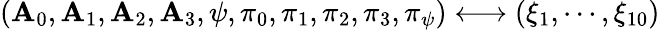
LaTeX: \left(\mathbf{A}_{0},\mathbf{A}_{1},\mathbf{A}_{2},\mathbf{A}_{3},\psi,\pi_{0},\pi_{1},\pi_{2},\pi_{3},\pi_{\psi}\right)\longleftrightarrow\left(\xi_{1},\cdots,\xi_{10}\right)